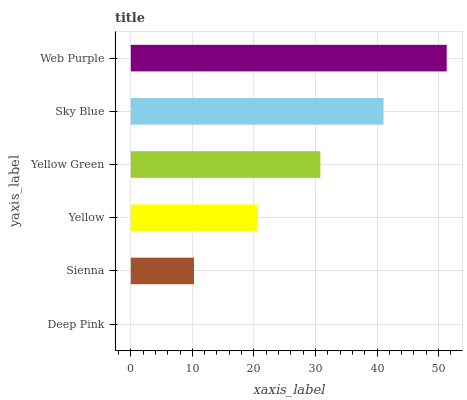
| yaxis_label | bars |
 | --- | --- |
 | Deep Pink | 0 |
 | Sienna | 10.3 |
 | Yellow | 20.5 |
 | Yellow Green | 30.8 |
 | Sky Blue | 41.1 |
 | Web Purple | 51.3 |